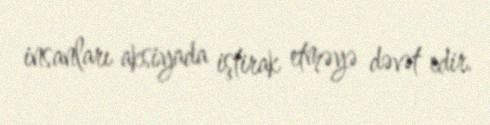
insanları aksiyada iştirak etməyə dəvət edir.